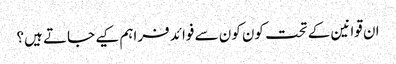
ان قوانین کے تحت کون کون سے فوائد فراہم کیے جاتے ہیں؟